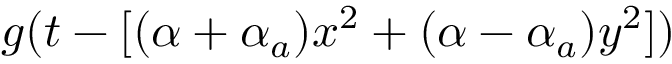
g ( t - [ ( \alpha + \alpha _ { a } ) x ^ { 2 } + ( \alpha - \alpha _ { a } ) y ^ { 2 } ] )